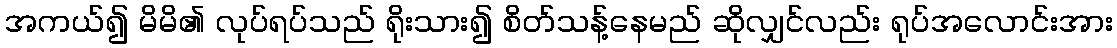
အကယ်၍ မိမိ၏ လုပ်ရပ်သည် ရိုးသား၍ စိတ်သန့်နေမည် ဆိုလျှင်လည်း ရုပ်အလောင်းအား